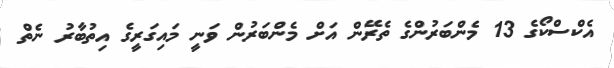
އެކްސްކޯގެ 13 މެންބަރުންގެ ތެރޭން އަށް މެންބަރުން ވަނީ މައިގަރީގެ އިތުބާރު ނެތް